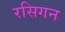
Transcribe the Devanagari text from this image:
रसिगन